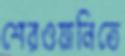
শেরওয়ানিতে